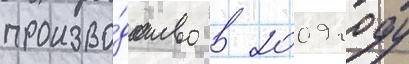
произво́дство в 2009 году